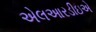
એલઆરડીઇએ